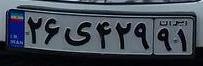
۲۶ی۴۲۹۹۱